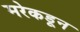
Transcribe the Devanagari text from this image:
मरेकडून